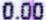
0.00